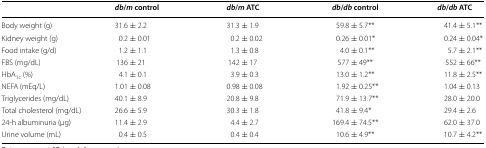
<table><thead><tr><td></td><td><b><i>db</i>/<i>m</i> control</b></td><td><b><i>db</i>/<i>m</i> ATC</b></td><td><b><i>db</i>/<i>db</i> control</b></td><td><b><i>db</i>/<i>db</i> ATC</b></td></tr></thead><tbody><tr><td>Body weight (g)</td><td>31.6 ± 2.2</td><td>31.3 ± 1.9</td><td>59.8 ± 5.7**</td><td>41.4 ± 5.1**</td></tr><tr><td>Kidney weight (g)</td><td>0.2 ± 0.01</td><td>0.2 ± 0.02</td><td>0.26 ± 0.01*</td><td>0.24 ± 0.04*</td></tr><tr><td>Food intake (g/d)</td><td>1.2 ± 1.1</td><td>1.3 ± 0.8</td><td>4.0 ± 0.1**</td><td>5.7 ± 2.1**</td></tr><tr><td>FBS (mg/dL)</td><td>136 ± 21</td><td>142 ± 17</td><td>577 ± 49**</td><td>552 ± 66**</td></tr><tr><td>HbA<sub>1c</sub> (%)</td><td>4.1 ± 0.1</td><td>3.9 ± 0.3</td><td>13.0 ± 1.2**</td><td>11.8 ± 2.5**</td></tr><tr><td>NEFA (mEq/L)</td><td>1.01 ± 0.08</td><td>0.98 ± 0.08</td><td>1.92 ± 0.25**</td><td>1.04 ± 0.13</td></tr><tr><td>Triglycerides (mg/dL)</td><td>40.1 ± 8.9</td><td>20.8 ± 9.8</td><td>71.9 ± 13.7**</td><td>28.0 ± 20.0</td></tr><tr><td>Total cholesterol (mg/dL)</td><td>26.6 ± 5.9</td><td>30.3 ± 1.8</td><td>41.8 ± 9.4*</td><td>29.4 ± 2.6</td></tr><tr><td>24-h albuminuria (μg)</td><td>11.4 ± 2.9</td><td>4.4 ± 2.7</td><td>169.4 ± 74.5**</td><td>62.0 ± 37.0</td></tr><tr><td>Urine volume (mL)</td><td>0.4 ± 0.5</td><td>0.4 ± 0.4</td><td>10.6 ± 4.9**</td><td>10.7 ± 4.2**</td></tr></tbody></table>